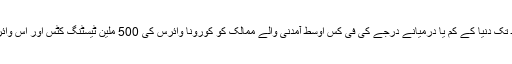
کووِڈ انیس کی وبا کے خلاف اس عالمی اتحاد کا ارادہ ہے کہ اگلے برس کے وسط تک دنیا کے کم یا درمیانے درجے کی فی کس اوسط آمدنی والے ممالک کو کورونا وائرس کی 500 ملین ٹیسٹنگ کِٹس اور اس وائرس کے مریضوں کے علاج کے لیے 245 ملین میڈیکل کورسز مہیا کیے جائیں۔